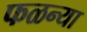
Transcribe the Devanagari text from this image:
फळन्या